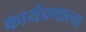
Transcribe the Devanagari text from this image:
कार्यप्रणाल्या